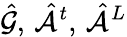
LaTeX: \hat{\mathcal{G}},\, \hat{\mathcal{A}}^{t},\, \hat{\mathcal{A}}^{L}